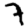
Digit: 7